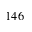
1 4 6